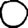
Digit: 0